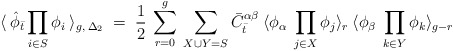
\begin{align*}\langle \: {\hat \phi}_{\bar t} \prod_{i \in S} \phi_i \:\rangle_{g, \: {\Delta_{2}}} \; = \; \frac{1}{2} \:\sum_{r=0}^{g} \:\sum_{X \cup Y = S}{\bar C}_{\bar t}^{\alpha \beta} \: \langle \phi_{\alpha}\: \prod_{j \in X} \phi_j \rangle_{r} \:\langle \phi_{\beta} \: \prod_{k \in Y}\phi_k \rangle_{g-r} \\\end{align*}